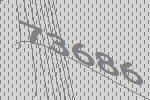
73686